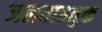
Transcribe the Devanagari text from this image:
जलवाहतुक